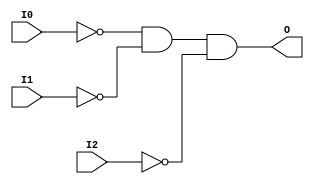

/*

FUNCTION	: 3-INPUT AND GATE

*/

`timescale  100 ps / 10 ps

`celldefine

module AND3B3 (O, I0, I1, I2);


    output O;

    input  I0, I1, I2;

    not N2 (i2_inv, I2);
    not N1 (i1_inv, I1);
    not N0 (i0_inv, I0);
    and A1 (O, i0_inv, i1_inv, i2_inv);

    specify
	(I0 *> O) = (0, 0);
	(I1 *> O) = (0, 0);
	(I2 *> O) = (0, 0);
    endspecify

endmodule

`endcelldefine